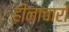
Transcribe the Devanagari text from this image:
हीनाचारों